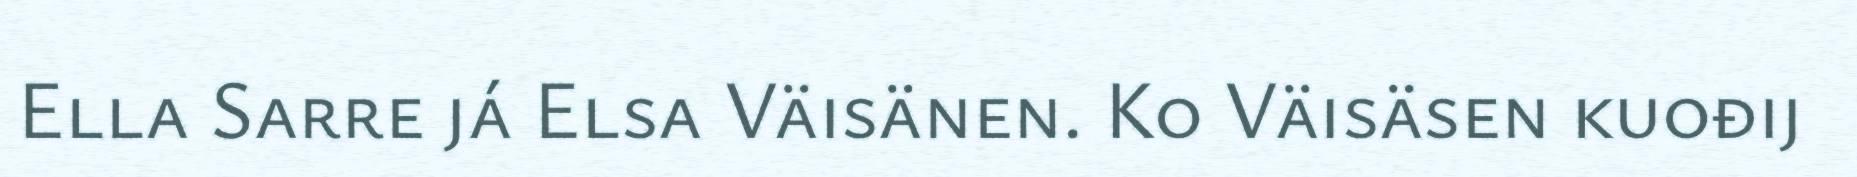
Ella Sarre já Elsa Väisänen. Ko Väisäsen kuođij